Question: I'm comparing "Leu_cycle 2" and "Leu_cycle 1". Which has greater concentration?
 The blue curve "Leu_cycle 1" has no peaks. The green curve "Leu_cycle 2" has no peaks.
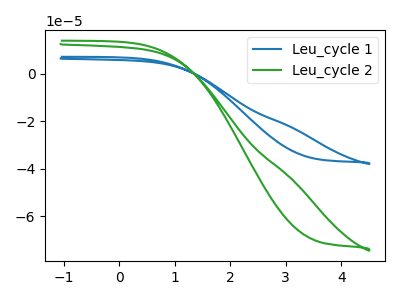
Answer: <think>Neither "Leu_cycle 2" or "Leu_cycle 1" have any peaks.
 </think>
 <answer>I cant tell if "Leu_cycle 2" or "Leu_cycle 1" has higher concentration.</answer>
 <eval>mixed_concentration</eval>